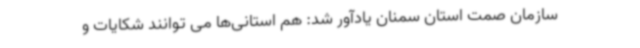
سازمان صمت استان سمنان یادآور شد: هم استانی‌ها می توانند شکایات و